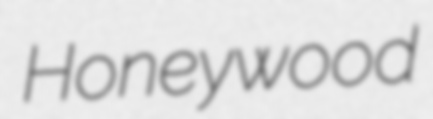
Honeywood